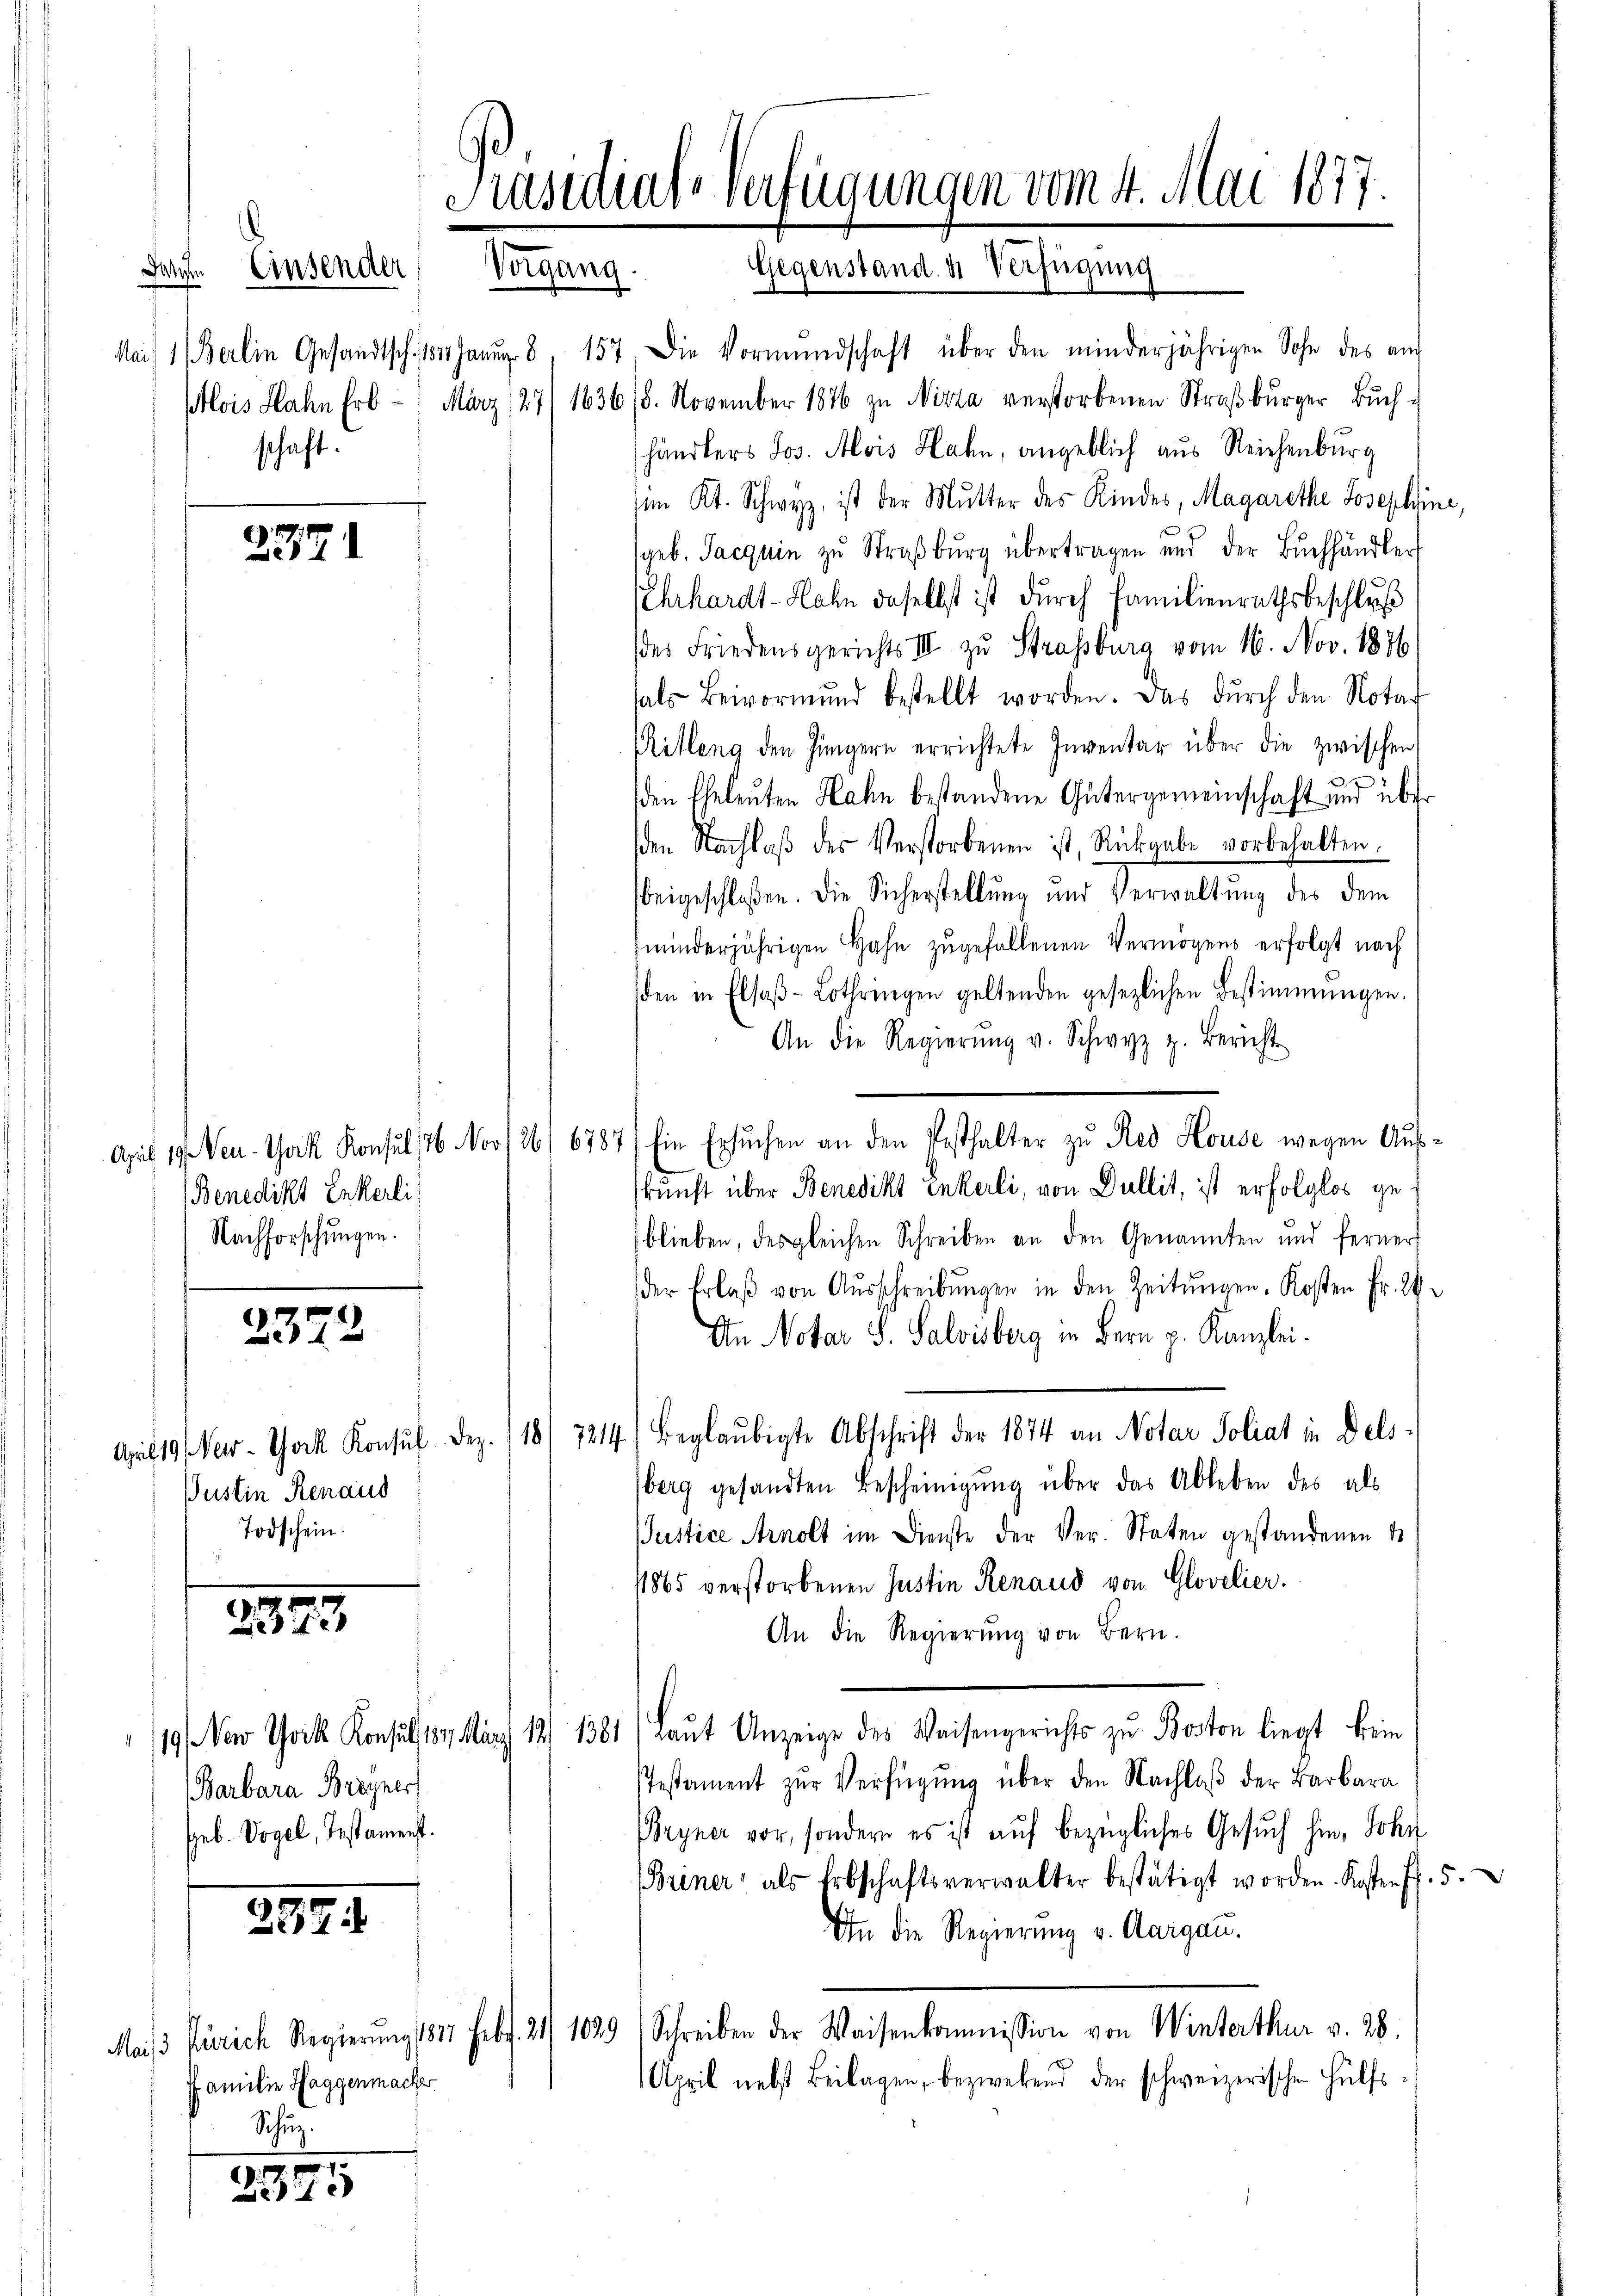
.
sch

2371

(Benedikt Enkerli
Nachforschungen.

2342

Pustin Renaud
Todschein.

2395

Barbara Breyner
Geb. Vogel, Testament.

237

ffamilie Haggenmacher
Schinz.

2345

Präsidial-Verfügungen vom 4. Mai 1877.
Darre Einsender Vorgang. Gegenstand u. Verfügung

Mai 1 Berlin Gesandtsch, 1811 Janŭg 8, 157 die Vormŭndschaft über den minderjährigen Sohn des am
Alois Hahn Erb- März (27/ 163618. November 1876 zu Nizza verstorbenen Straβbŭrger Bŭch-
händlers Jos. Alois Hahn, angeblich aus Reichenburg
(im Kt. Schwyz, ist der Mŭtter des Kindes, Magarethe Josephine,
geb. Sacquin zu Straßburg übertragen und der Bŭchhändler,
Ehrhardt-Hahn daselbst ist durch Familienrathsbeschluß
des Friedensgerichts III zu Strassburg vom 16. Nov. 1876
als Beivormund bestellt worden. Das durch den Notar
Pitlang den Jüngern errichtete Inventar über die zwischen
den Eheleuten Hahn bestandene Gütergemeinschaft und über
den Nachlaß des Verstorbenen ist, Rückgabe vorbehalten.
beigeschloßen. Die Sicherstellung und Verwaltung des dem
minderjährigen Hahn zugefallenen Vermögens erfolgt nach
den in Elsaβ-Lothringen geltenden gesezlichen Bestimmungen.
An die Regierŭng v. Schwyz z. Bericht
April 19. Neu- York Konsul 16 Nov/26. 6787) Ein Ersŭchen an den Pesthalter zŭ Red House wegen Aŭs-
skunft über Benedikt Enkerli, von Dullit, ist erfolglos geblieben, des gleichen Schreiben an den Genannten und ferner
der Erlaβ von Aŭsschreibŭngen in den Zeitŭngen. Kosten Fr. 24.
An Notar S. Salvisberg in Bern p. Kanzlei.
April 19 New-York Konsul Dez. 118/ 7214) Beglaŭbigte Abschrift der 1874 an Notar Poliat in Dels-
berg gesandten Bescheinigŭng über das Ableben des als
Pustice Arnolt im Dienste der Ver- Staten gestandenen S
11865 verstorbenen Justin Renaud von Glovelier.
An die Regierŭng von Bern.
/19. New York Konsul, 187. März 18 1381) Laŭt Anzeige des Waisengerichts zu Boston liegt kein
stestament zŭr Verfügŭng über den Nachlaβ der Barbara
Bryner vor, sondern es ist aŭf bezügliches Gesuch hin, Sohn
Briner als Erbschaftsverwalter bestätigt worden. Kosten Fr. 5.
An die Regierung v. Aargau.
Mais Zürich Regierŭng 1817 Febr. 21/ 1029 Schreiben der Waisenkommission von Winterthur v. 28.
April nebst Beilagen, bezwehend der schweizerischen Hülfs¬